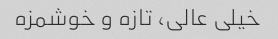
خیلی عالی، تازه و خوشمزه